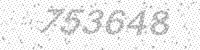
Solution: 753648